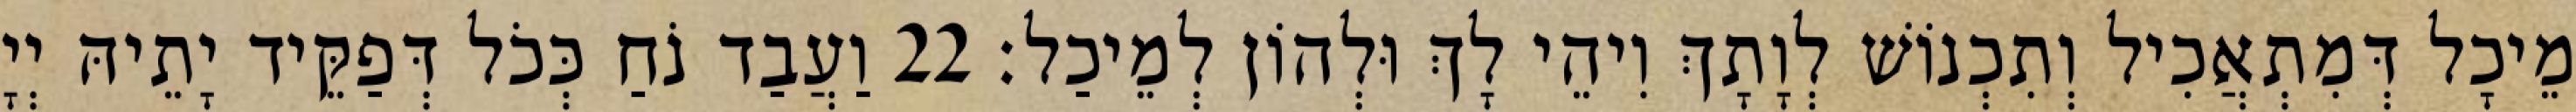
מֵיכָל דְּמִתְאֲכִיל וְתִכְנוֹשׁ לְוָתָךְ וִיהֵי לָךְ וּלְהוֹן לְמֵיכַל׃ 22 וַעֲבַד נֹחַ כְּכֹל דְּפַקֵּיד יָתֵיהּ יְיָ